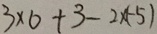
3 \times 0 + 3 - 2 \times ( - 5 )